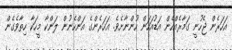
އަހަރެން ޖެހުނީ ގަމާރެއްހެން އަޑުއަހަން ހުންނާށެވެ. އަހަރެންގެ އަންހެނުން ލަންކާ މީހަކާ ހިތާވެގެން